Lunatic asylums Bombay report 1878-1890 - 1878-1890
Year: 1878
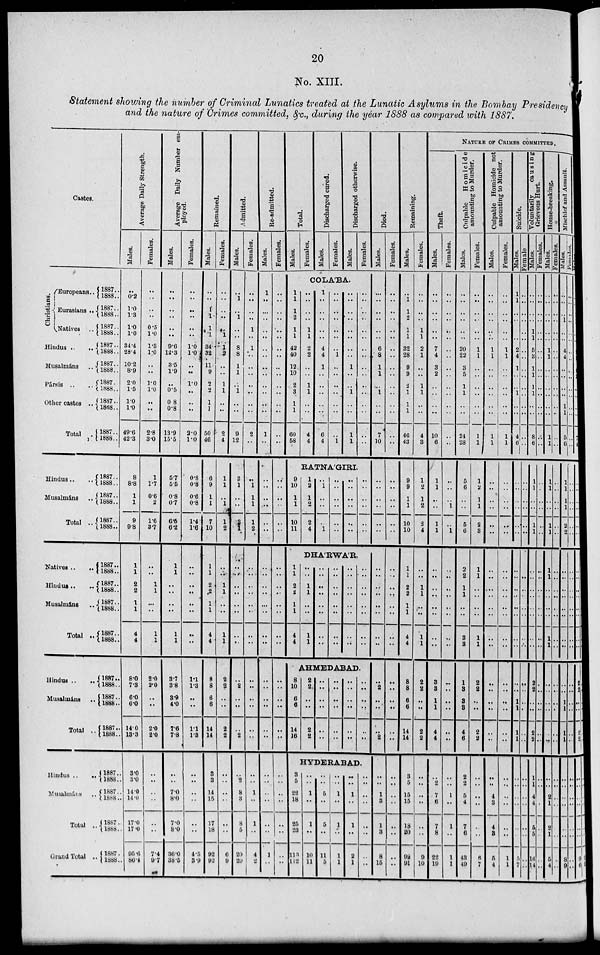
20
No. XIII.
Statement showing the number of Criminal Lunatics treated at the Lunatic Asylums in the Bombay Presidency
and the nature of Crimes committed, &c., during the year 1888 as compared with 1887.
Castes.
Christians.
Europeans ..
Eurasians ..
Natives ..
Hindus ..
..
Musalmáns ..
Pársis ..
..
Other castes ..
Total
..
Hindus ..
..
Musalmáns ..
Total
..
Natives ..
..
Hindus..
Musalmáns ..
Total ..
Hindus .. ..
Musalmáns ..
Total ..
Hindus ..
..
Musalmáns ..
Total ..
Grand Total ..
1887 ..
1888 ..
1887 ..
1888 ..
1887..
1888 ..
1887..
1888..
1887..
1888..
1887..
1888..
1887..
1888..
1887..
1888..
1887..
1888..
1887..
1888..
1887..
1888..
1887..
1888..
1887..
1888..
1887..
1888..
1887..
1888..
1887..
1888..
1887..
1888 ..
1887 ..
1888..
1887 ..
1888..
1887..
1888 ..
1887..
1888..
1887 ..
1888..
Average Daily Strength.
Males.
..
0.2
1.0
1.3
1.0
1.0
34.4
28.4
10.2
8.9
2.0
1.5
1.0
1.0
49.6
42.3
8
8.8
1
1
9
9.8
1
1
2
2
1
1
4
4
8.0
7.3
6.0
6.0
14.0
13.3
3.0
3.0
14.0
14.0
17.0
17.0
95.6
86.4
Females.
..
..
..
..
0.5
1.0
1.3
1.0
..
..
1.0
1.0
..
..
2.8
3.0
1
1.7
0.6
2
1.6
3.7
..
..
1
1
..
..
1
1
2.0
2.0
..
..
2.0
2.0
..
..
..
..
..
..
7.4
9.7
Average Daily Number em-
ployed.
Males.
..
..
..
..
..
..
9.6
12.3
3.5
1.9
..
0.5
0.8
0.8
13.9
15.5
5.7
5.5
0.8
0.7
6.5
6.2
1
1
..
..
..
..
1
1
3.7
3.8
3.9
4.1
7.6
7.8
..
..
7.0
8.0
7.0
8.0
36.0
38.5
Females.
..
..
..
..
..
..
1.0
1.0
..
..
1.0
..
..
..
2.0
1.0
0.8
0.8
0.6
0.8
1.4
1.6
..
..
..
..
..
..
..
..
1.1
1.3
..
..
1.1
1.3
..
..
..
..
..
..
4.5
3.9
Remained.
Males.
..
..
1
1
1
1
34
32
11
9
2
2
1
1
50
46
6
9
1
1
7
10
1
1
2
2
1
1
4
4
8
8
6
6
14
14
3
3
14
15
17
18
92
92
Females.
..
..
..
..
..
1
1
2
..
..
1
1
..
..
2
4
1
1
..
1
1
2
..
..
1
1
..
..
1
1
2
2
..
..
2
2
..
..
..
..
..
..
6
9
Admitted.
Males.
..
1
..
1
..
..
8
8
1
1
..
1
..
..
9
12
3
1
..
..
3
1
..
..
..
..
..
..
..
..
..
2
..
..
..
2
..
2
8
3
8
5
20
20
Females.
..
..
..
..
1
..
1
..
..
..
..
..
..
..
2
..
..
1
1
1
1
2
..
..
..
..
..
..
..
..
..
..
..
..
..
..
..
..
1
..
1
..
4
2
Re-admitted.
Males.
1
..
..
..
..
..
..
..
..
..
..
..
..
..
1
..
..
..
..
..
..
..
..
..
..
..
..
..
..
..
..
..
..
..
..
..
..
..
..
..
..
..
1
..
Females.
..
..
..
..
..
..
..
..
..
..
..
..
..
..
..
..
..
..
..
..
..
..
..
..
..
..
..
..
..
..
..
..
..
..
..
..
..
..
..
..
..
..
..
..
Total.
Males.
Females.
Discharged cured.
Males.
Females.
Discharged otherwise.
Males.
Females.
COLABA.
1
1
1
2
1
1
42
40
12
10
2
3
1
1
60
58
..
..
..
..
1
1
2
2
..
..
1
1
..
..
4
4
1
..
..
..
..
..
4
4
1
..
..
..
..
..
6
4
..
..
..
..
..
..
..
1
..
..
..
..
..
..
..
1
..
..
..
..
..
..
..
..
1
..
..
1
..
..
1
1
..
..
..
..
..
..
..
..
..
..
..
..
..
..
..
..
RATNA'GIRI.
9
10
1
1
10
11
1
2
1
2
2
4
..
1
..
..
..
1
..
..
..
..
..
..
..
..
..
..
..
..
..
..
..
..
..
..
DHA'RWA'R.
1
1
2
2
1
1
4
4
..
..
1
1
..
..
1
1
..
..
..
..
..
..
..
..
..
..
..
..
..
..
..
..
..
..
..
..
..
..
..
..
..
..
..
..
..
..
..
..
AHMEDABAD.
8
10
6
6
14
16
2
2
..
..
2
2
..
..
..
..
..
..
..
..
..
..
..
..
..
..
..
..
..
..
..
..
..
..
..
..
HYDERABAD.
3
5
22
18
25
23
113
112
..
..
1
..
1
..
10
11
..
..
5
..
5
..
11
5
..
..
1
..
1
..
1
1
..
..
1
..
1
..
2
1
..
..
..
..
..
..
..
..
Died.
Males.
..
..
..
..
..
..
6
8
1
1
..
1
..
..
7
10
..
..
..
..
..
..
..
..
..
..
..
..
..
..
..
2
..
..
..
2
..
..
1
3
1
3
8
15
Females.
..
..
..
..
..
..
..
..
..
..
..
..
..
..
..
..
..
..
..
..
..
..
..
..
..
..
..
..
..
..
..
..
..
..
..
..
..
..
..
..
..
..
..
..
Remaining.
Males.
..
1
1
2
1
1
32
28
9
9
2
1
1
1
46
43
9
9
1
1
10
10
1
1
2
2
1
1
4
4
8
8
6
6
14
14
3
5
15
15
18
20
92
91
Females.
..
..
..
..
1
1
2
1
..
..
1
1
..
..
4
3
1
2
1
2
3
4
..
..
1
1
..
..
1
1
2
2
..
..
2
2
..
..
..
..
..
..
9
10
NATURE OF CRIME COMMITTED.
Theft.
Males.
..
..
..
..
..
..
7
4
3
2
..
..
..
..
10
6
1
1
..
..
1
1
..
..
..
..
..
..
..
..
3
3
1
1
4
4
..
2
7
6
7
8
22
19
Females.
..
..
..
..
..
..
..
..
..
..
..
..
..
..
..
..
..
..
..
1
..
1
..
..
..
..
..
..
..
..
..
..
..
..
..
..
..
..
1
..
1
..
1
1
Culpable
Homicide
amounting to Murder.
Males.
..
..
..
..
..
..
20
22
3
5
1
1
..
..
24
28
5
6
..
..
5
6
2
2
1
1
..
..
3
3
1
3
3
3
4
6
2
2
5
4
7
6
43
49
Females.
..
..
..
..
..
..
1
1
..
..
..
..
..
..
1
1
1
2
1
1
2
3
1
1
..
..
..
..
1
1
2
2
..
..
2
2
..
..
..
..
..
..
6
7
Culpable Homicide not
amounting to Murder.
Males.
..
..
..
..
..
..
1
1
..
..
..
..
..
..
1
1
..
..
..
..
..
..
..
..
..
..
..
..
..
..
..
..
..
..
..
..
..
..
4
3
4
3
5
4
Females.
..
..
..
..
..
..
1
1
..
..
..
..
..
..
1
1
..
..
..
..
..
..
..
..
..
..
..
..
..
..
..
..
..
..
..
..
..
..
..
..
..
..
1
1
Suicide.
Males.
1
1
..
..
..
..
2
4
1
..
..
1
..
..
4
6
..
..
..
..
..
..
..
..
..
..
..
..
..
..
..
..
1
1
1
1
..
..
..
..
..
..
5
7
Female.
..
..
..
..
..
..
..
..
..
..
..
..
..
..
..
..
..
..
..
..
..
..
..
..
..
..
..
..
..
..
..
..
..
..
..
..
..
..
..
..
..
..
..
..
Voluntarily
causing
Grievous Hurt.
Males.
..
..
..
..
1
1
5
3
1
1
1
1
..
..
8
6
1
1
..
..
1
1
..
..
..
..
..
..
..
..
2
2
..
..
2
2
1
1
4
4
5
5
16
14
Females.
..
..
..
..
..
..
..
..
..
..
..
..
..
..
..
..
..
..
..
..
..
..
..
..
..
..
..
..
..
..
..
..
..
..
..
..
..
..
..
..
..
..
..
..
House-breaking.
Males.
..
..
..
..
..
..
1
1
..
..
..
..
..
..
1
1
1
1
..
..
1
1
1
1
..
..
..
..
1
1
..
..
..
..
..
..
..
..
2
1
2
1
5
4
Females.
..
..
..
..
..
..
..
..
..
..
..
..
..
..
..
..
..
..
..
..
..
..
..
..
..
..
..
..
..
..
..
..
..
..
..
..
..
..
..
..
..
..
..
..
Mischief and Assault.
Males.
..
..
..
..
..
..
4
4
..
..
..
..
1
1
5
6
1
1
1
1
2
2
..
..
..
..
..
..
..
..
..
..
1
1
1
1
..
..
..
..
..
..
8
9
Females.
..
..
..
..
..
..
..
..
..
..
..
..
..
..
..
..
..
..
..
..
..
..
..
..
..
..
..
..
..
..
..
..
..
..
..
..
..
..
..
..
..
..
..
..
Males
..
..
..
..
..
..
..
..
..
7
4
..
..
..
..
..
..
..
..
..
..
..
..
..
..
2
2
..
..
2
2
..
..
..
..
..
..
9
6